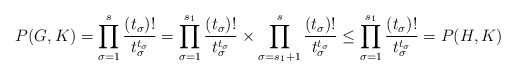
\begin{align*}P(G,K) = \prod_{\sigma = 1}^s\frac{(t_\sigma)!}{t_\sigma^{t_\sigma}} = \prod_{\sigma = 1}^{s_1}\frac{(t_\sigma)!}{t_\sigma^{t_\sigma}} \times \prod_{\sigma = s_1+1}^s\frac{(t_\sigma)!}{t_\sigma^{t_\sigma}} \leq \prod_{\sigma = 1}^{s_1}\frac{(t_\sigma)!}{t_\sigma^{t_\sigma}} = P(H,K)\end{align*}